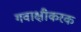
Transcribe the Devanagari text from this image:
गवाक्षीकरक